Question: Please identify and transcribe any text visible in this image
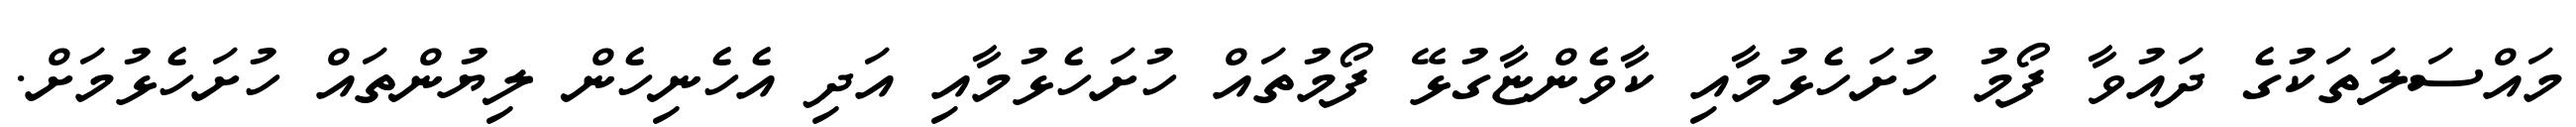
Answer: މައްސަލަތަކުގެ ދައުވާ ފޯމު ހުށަހެޅުމާއި ކާވެންޏާގުޅޭ ފޯމުތައް ހުށަހެޅުމާއި އަދި އެހެނިހެން ލިޔުންތައް ހުށަހެޅުމަށް.